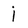
Character: i